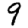
Digit: 9